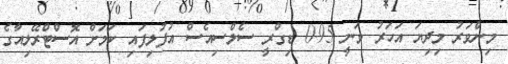
މިންވަރު މިދިޔަ އަހަރު ވަނީ 0.95 ޑިގްރީ ސެލްސިއެސް އުފުލިފައި ކަމަށް އޮސްޓްރޭލިއާގެ